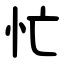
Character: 忙